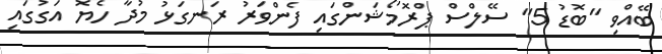
ބޭއްވި "ބޮޑު 5" ސޭލްސް ޕްރޮމޯޝަންގައި ފެންވަރު ރަނގަޅު މުދާ ހެޔޮ އަގުގައި